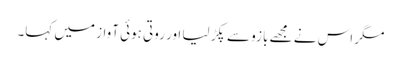
مگر اس نے مجھے بازو سے پکڑ لیا اور روتی ہوئی آواز میں کہا۔